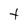
Character: t